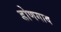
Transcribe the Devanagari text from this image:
डोणगाव